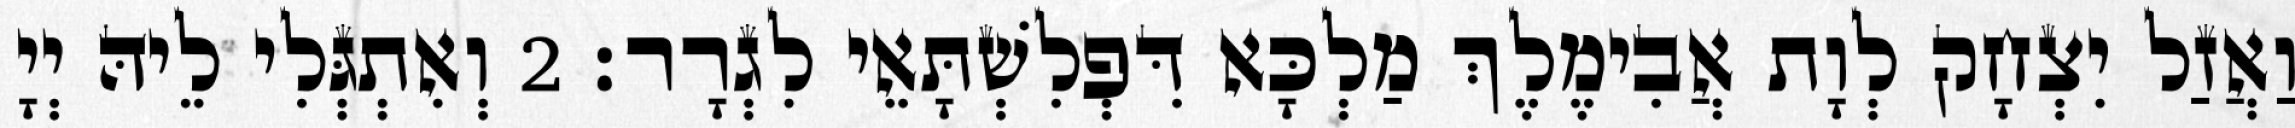
וַאֲזַל יִצְחָק לְוָת אֲבִימֶלֶךְ מַלְכָּא דִּפְלִשְׁתָּאֵי לִגְרָר׃ 2 וְאִתְגְּלִי לֵיהּ יְיָ